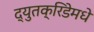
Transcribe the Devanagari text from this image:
द्युतक्रिडेमधे